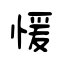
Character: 愋